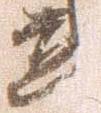
武